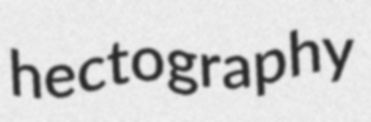
hectography